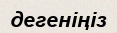
дегеніңіз